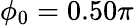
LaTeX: \phi_{0}=0.50\pi